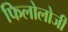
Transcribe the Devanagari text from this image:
फिलोलोजी